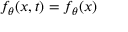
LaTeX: f _ { \theta } ( x , t ) = f _ { \theta } ( x )